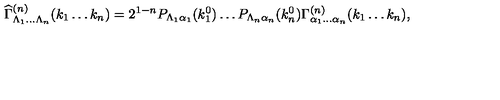
{ \widehat \Gamma } _ { \Lambda _ { 1 } \dots \Lambda _ { n } } ^ { ( n ) } ( k _ { 1 } \dots k _ { n } ) = 2 ^ { 1 - n } P _ { \Lambda _ { 1 } \alpha _ { 1 } } ( k _ { 1 } ^ { 0 } ) \dots P _ { \Lambda _ { n } \alpha _ { n } } ( k _ { n } ^ { 0 } ) \Gamma _ { \alpha _ { 1 } \dots \alpha _ { n } } ^ { ( n ) } ( k _ { 1 } \dots k _ { n } ) ,